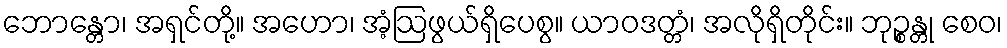
ဘောန္တော၊ အရှင်တို့။ အဟော၊ အံ့ဩဖွယ်ရှိပေစွ။ ယာဝဒတ္တံ၊ အလိုရှိတိုင်း။ ဘုဉ္စန္တု စေဝ၊